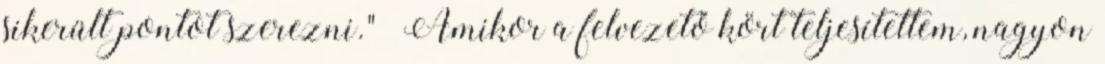
sikerült pontot szerezni." „Amikor a felvezető kört teljesítettem, nagyon